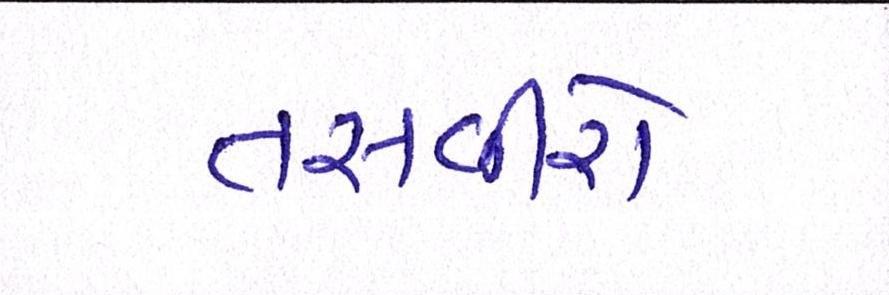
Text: તસવીરો